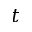
t